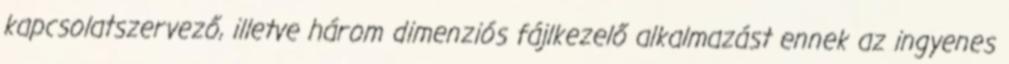
kapcsolatszervező, illetve három dimenziós fájlkezelő alkalmazást ennek az ingyenes